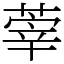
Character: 䔂